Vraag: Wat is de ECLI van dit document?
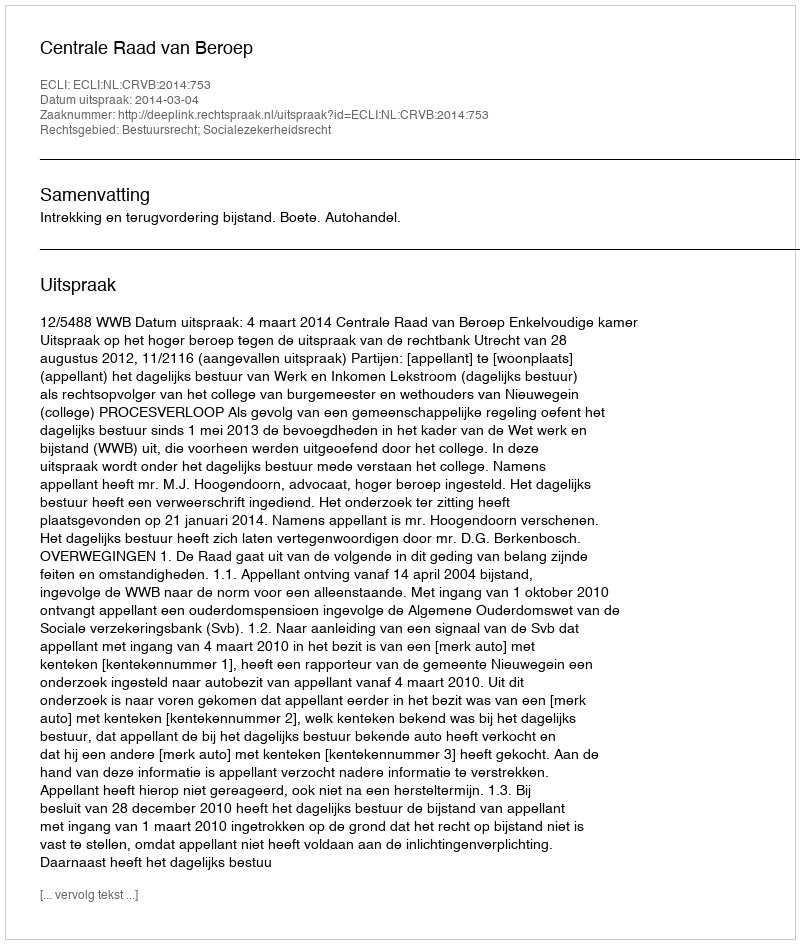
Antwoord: ECLI:NL:CRVB:2014:753